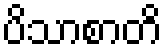
ပိသာစာတိ